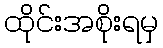
ထိုင်းအစိုးရမှ